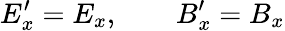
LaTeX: E_{x}^{\prime}=E_{x},\qquad B_{x}^{\prime}=B_{x}